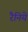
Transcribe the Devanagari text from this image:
रैनिये